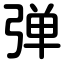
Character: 弹